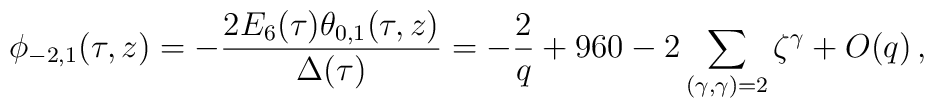
\phi_{-2,1}(\tau,z)=-\frac{2E_6(\tau)    \theta_{0,1}(\tau,z)}{\Delta(\tau)}= -  \frac{2}{q}+960-2\sum_{(\gamma,\gamma)=2} \zeta^\gamma +O(q)\,,